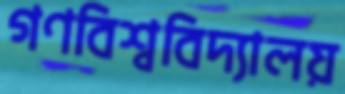
গণবিশ্ববিদ্যালয়